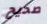
صحيح